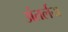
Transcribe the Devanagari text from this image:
अंतर्लय